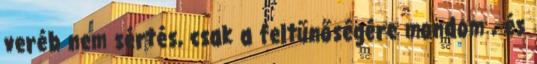
veréb nem sértés, csak a feltűnőségére mondom , és